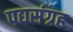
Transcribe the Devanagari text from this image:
पद्यसंग्रह